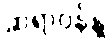
ဆရာဝန်နဲ့